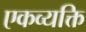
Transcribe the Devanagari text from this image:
एकव्यक्ति